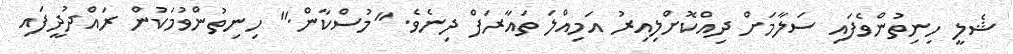
ޝެލީ ހިނިތުންވެފައި ސަލާމަށް ދިއްކޮށްލިއިރު އަމިއްލަ ތައާރަފް ދިނެވެ. "މުސްކާން." ހިނިތުންވުމަކުން ރައްދުދީފައި